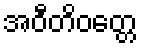
အဝီတိဝတ္တေ